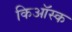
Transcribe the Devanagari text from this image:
किऑस्क